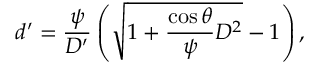
d ^ { \prime } = \frac { \psi } { D ^ { \prime } } \left( \sqrt { 1 + \frac { \cos \theta } { \psi } D ^ { 2 } } - 1 \right) ,